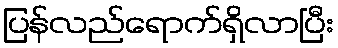
ပြန်လည်ရောက်ရှိလာပြီး